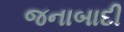
જનાબાદી